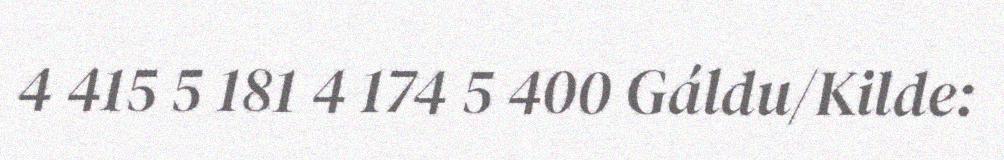
4 415 5 181 4 174 5 400 Gáldu/Kilde: